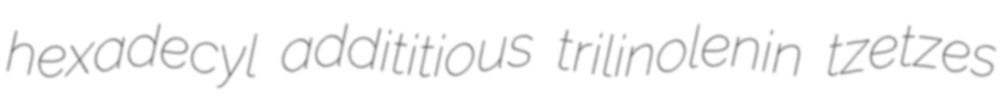
hexadecyl addititious trilinolenin tzetzes